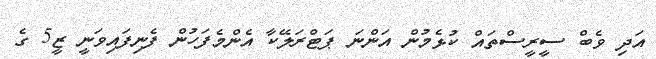
އަދި ވެބް ސީރީސްތައް ކުޅެމުން އަންނަ ޕަޓްރަލޭކާ އެންމެފަހުން ފެނިފައިވަނީ ޒީ5 ގެ